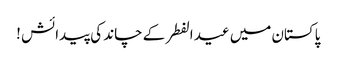
پاکستان میں عید الفطر کے چاند کی پیدائش !